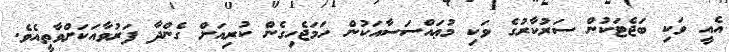
އެއީ ވަކި ބަޖެޓަކުން ސަރުކާރުގެ ވަކި މުޢައްސަސާއަކުން ހަމަޖެހިގެން ކުރިއަށް ގެންދާ ފަރުވާއަކަށްވާތީއެވެ.